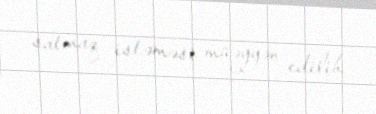
satmaq istəməsi müəyyən edilib.